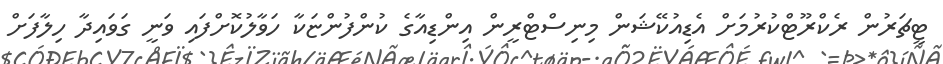
ޓީޗަރުން ރެކްރޫޓްކުރުމަށް އެޑިއުކޭޝަން މިނިސްޓްރީން އިންޑިއާގެ ކުންފުންޏަކާ ހަވާލުކޮށްފައި ވަނީ ގަވައިދާ ހިލާފަށް